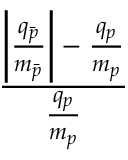
\frac { \left| { \frac { q _ { \bar { p } } } { m _ { \bar { p } } } } \right| - { \frac { q _ { p } } { m _ { p } } } } { \frac { q _ { p } } { m _ { p } } }